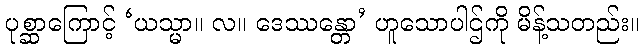
ပုစ္ဆာကြောင့် ‘ယသ္မာ။ လ။ ဒေဿန္တော’ ဟူသောပါဌ်ကို မိန့်သတည်း။